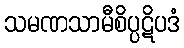
သမဏသာမီစိပ္ပဋိပဒံ